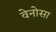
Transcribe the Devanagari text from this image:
वेनोसा